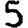
Digit: 5